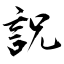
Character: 詋